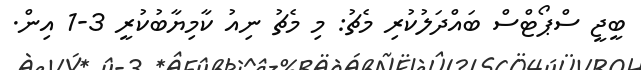
ބީޖީ ސްޕޯޓްސް ބައްދަލުކުރި މެޗު: މި މެޗު ނިއު ކާމިޔާބުކުރީ 3-1 އިން.